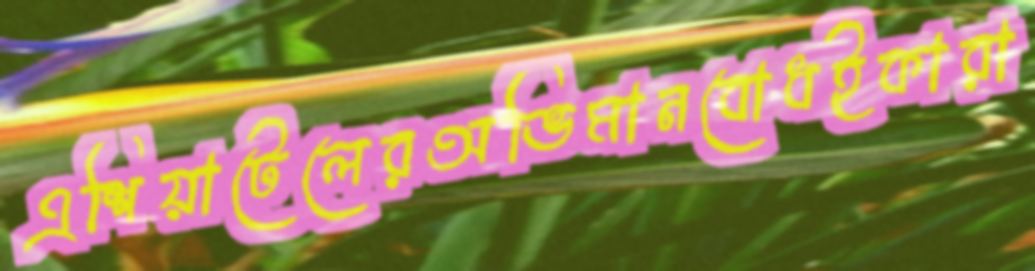
এশিয়াটেলেরঅভিমানবোধইকারা